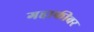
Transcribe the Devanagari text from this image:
गद्दाफीवर